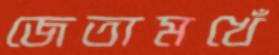
জেতামখেঁ